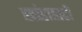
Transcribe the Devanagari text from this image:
खांडाहाटी